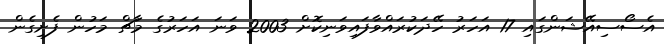
އެސޯސިއޭޝަންގައި 17 އަހަރު ހޭދަކުރައްވާފައިވަނިކޮށް 2003 ވަނަ އަހަރުގެ މާޗް މަހުން ފެށިގެން